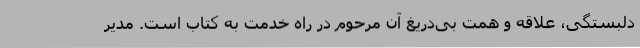
دلبستگی، علاقه و همت بی‌دریغ آن مرحوم در راه خدمت به کتاب است. مدیر